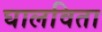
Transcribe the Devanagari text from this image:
घालविता